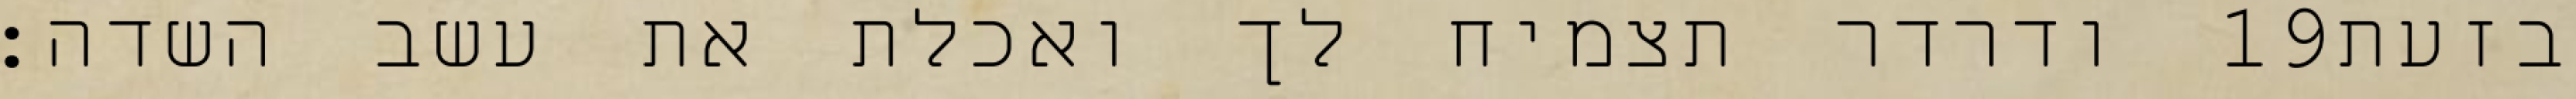
ודרדר תצמיח לך ואכלת את עשב השדה׃ ‎19‏ בזעת